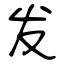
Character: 发